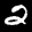
Label: 2